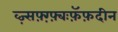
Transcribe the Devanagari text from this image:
व्ज़्सफ़्ग़्फ़्बःफ़ॅफ़दीन